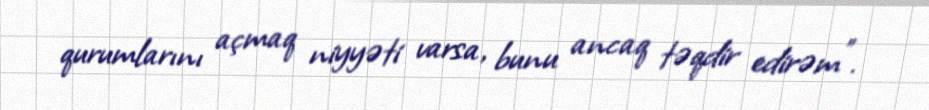
qurumlarını açmaq niyyəti varsa, bunu ancaq təqdir edirəm”.